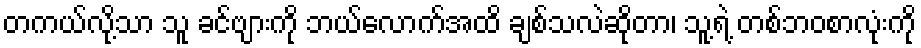
တကယ်လို့သာ သူ ခင်ဗျားကို ဘယ်လောက်အထိ ချစ်သလဲဆိုတာ၊ သူ့ရဲ့ တစ်ဘဝစာလုံးကို